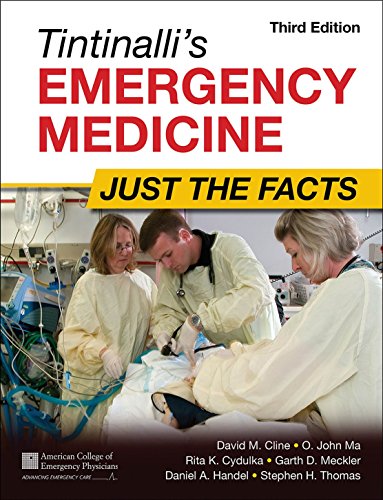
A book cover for Tintinalli's Emergency Medicine: Just the Facts, Third Edition; David Cline; Medical Books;